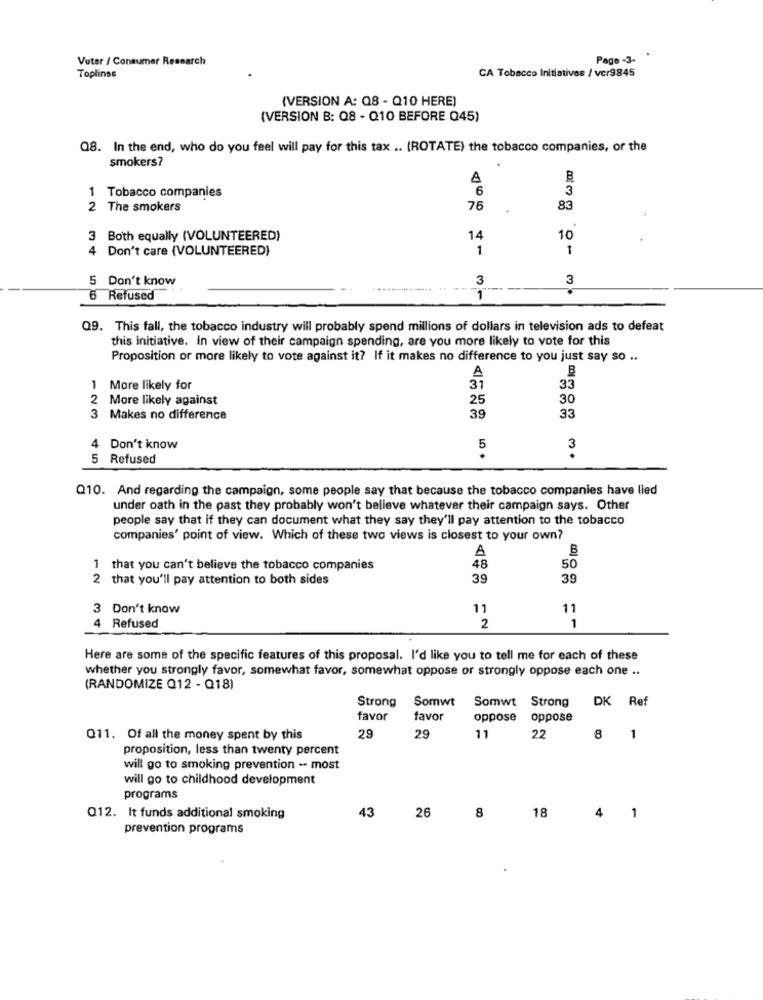
Voter / Consumer Research
Page -3-
Toplinos
CA Tobacco Initiatives / vcr9845
(VERSION A: Q8 - Q10 HERE)
(VERSION B: 08 - Q10 BEFORE Q45)
Q8. In the end, who do you feel will pay for this tax .. (ROTATE) the tobacco companies, or the
smokers?
A
6
1 Tobacco companies
3
2 The smokers
76
.
83
Both equally (VOLUNTEERED)
14
10
4 Don't care (VOLUNTEERED)
1
1
5 Don't know
3
3
6 Refused
1
Q9. This fall, the tobacco industry will probably spend millions of dollars in television ads to defeat
this initiative. In view of their campaign spending, are you more likely to vote for this
Proposition or more likely to vote against it? If it makes no difference to you just say so ..
A
1 More likely for
31
33
2 More likely against
30
25
39
3 Makes no difference
33
4
Don't know
5 Refused
Q10. And regarding the campaign, some people say that because the tobacco companies have lled
under oath in the past they probably won't believe whatever their campaign says. Other
people say that if they can document what they say they'll pay attention to the tobacco
companies' point of view. Which of these two views is closest to your own?
B
A
1
that you can't believe the tobacco companies
48
50
2 that you'll pay attention to both sides
39
39
3 Don't know
11
11
4 Refused
2
1
Here are some of the specific features of this proposal. I'd like you to tell me for each of these
whether you strongly favor, somewhat favor, somewhat oppose or strongly oppose each one ..
(RANDOMIZE Q12 - Q18)
Somwt
Somwt Strong DK Ref
Strong
favor
favor
oppose
oppose
Q11. Of all the money spent by this
29
29
11
22
8 1
proposition, less than twenty percent
will go to smoking prevention -- most
will go to childhood development
programs
43
26
18
Q12. It funds additional smoking
8
4 1
prevention programs